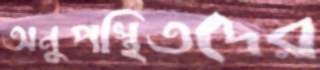
অনুপস্থিতদের